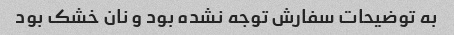
به توضیحات سفارش توجه نشده بود و نان خشک بود